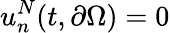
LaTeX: u_{n}^{N}(t,\partial\Omega)=0